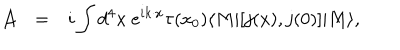
LaTeX: \begin{array} { r c l } { { { \cal A } } } & { { = } } & { { \displaystyle i \int d ^ { 4 } x ~ e ^ { i k \cdot x } \tau ( x _ { 0 } ) \langle M | [ j ( x ) , j ( 0 ) ] | M \rangle , } } \\ \end{array}